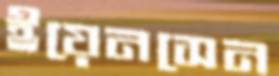
ইয়েনসেন